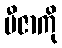
ဗီဇာကို